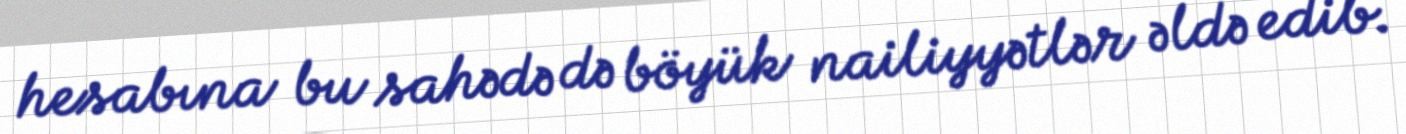
hesabına bu sahədə də böyük nailiyyətlər əldə edib.